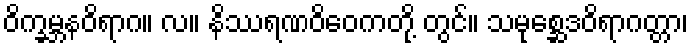
ဝိက္ခမ္ဘနဝိရာဂ။ လ။ နိဿရဏဝိဝေကတို့ တွင်။ သမုစ္ဆေဒဝိရာဂတ္တာ၊